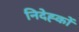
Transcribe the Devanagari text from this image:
निदेह्कों